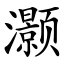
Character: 灏